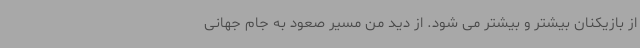
از بازیکنان بیشتر و بیشتر می شود. از دید من مسیر صعود به جام جهانی